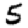
Digit: 5